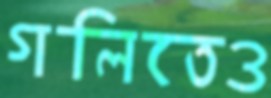
গলিতেও